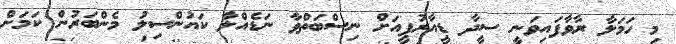
މި ހަމަލާ ރާވާފައިވަނީ ސީދާ ޑީއާރުޕީއަށް ނިސްބަތްވާ ނަޑެއްލާ ކައުންސިލު މެންބަރުން ކަމަށް